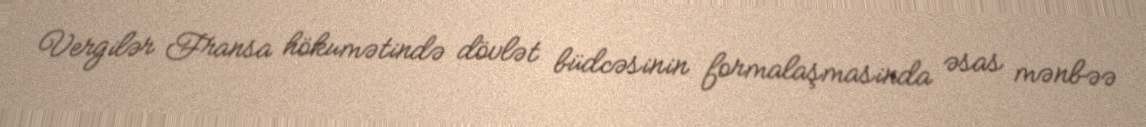
Vergilər Fransa hökumətində dövlət büdcəsinin formalaşmasinda əsas mənbəə